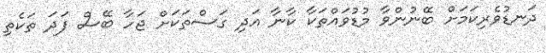
ދަނޑުވެރިކަމަށް ބޭނުންވާ މުޑުވައްތަކާ ކާނާ އަދި ގަސްތަކަށް ޖަހާ ބޭސް ފަދަ ތަކެތި